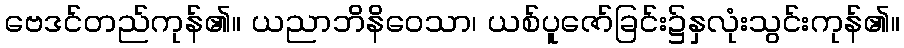
ဗေဒင်တည်ကုန်၏။ ယညာဘိနိဝေသာ၊ ယစ်ပူဇော်ခြင်း၌နှလုံးသွင်းကုန်၏။